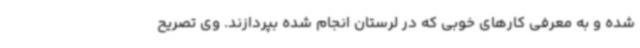
شده و به معرفی کارهای خوبی که در لرستان انجام شده بپردازند. وی تصریح